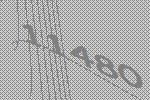
11480